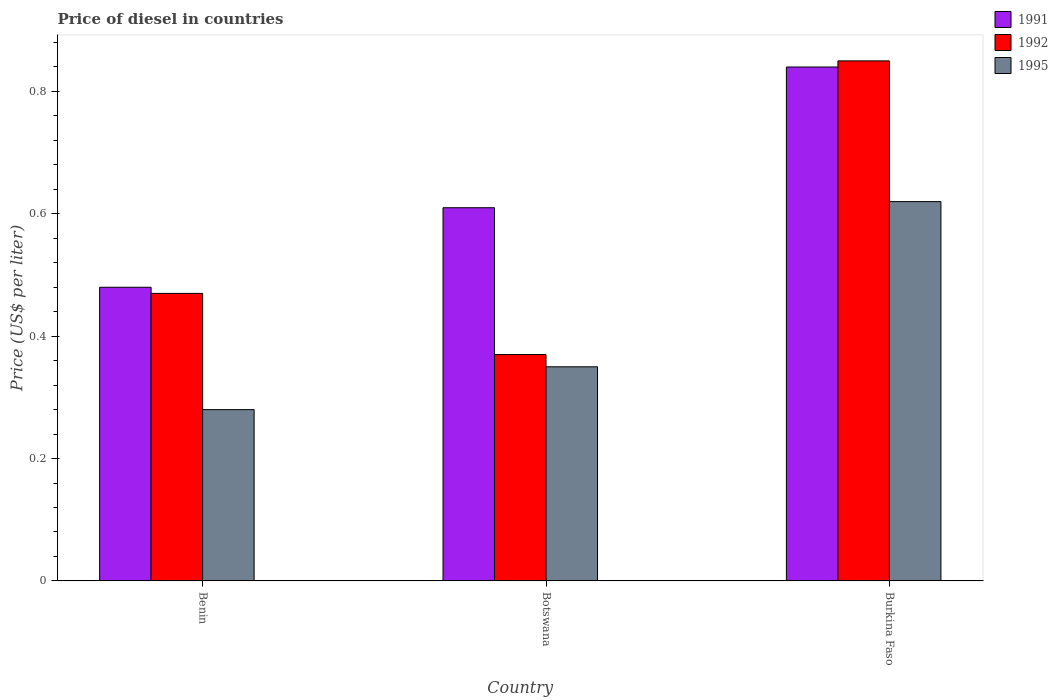
| Country | 1991 | 1992 | 1995 |
 | --- | --- | --- | --- |
 | Benin | 0.48 | 0.47 | 0.28 |
 | Botswana | 0.61 | 0.37 | 0.35 |
 | Burkina Faso | 0.84 | 0.85 | 0.62 |